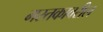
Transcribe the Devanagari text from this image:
मस्तकावरील